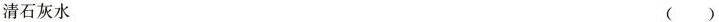
清石灰水 ()